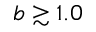
b \gtrsim 1 . 0